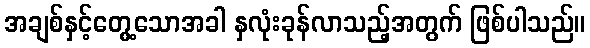
အချစ်နှင့်တွေ့သောအခါ နှလုံးခုန်လာသည့်အတွက် ဖြစ်ပါသည်။